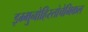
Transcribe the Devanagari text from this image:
इम्मुनोहिस्तोचेमिकल